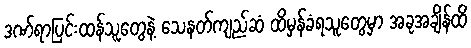
ဒဏ်ရာပြင်းထန်သူတွေနဲ့ သေနတ်ကျည်ဆံ ထိမှန်ခံရသူတွေမှာ အခုအချိန်ထိ